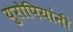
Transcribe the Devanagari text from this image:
युरोपियांनी